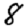
Digit: 8